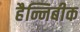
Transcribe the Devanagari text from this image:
हैन्निबीक